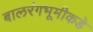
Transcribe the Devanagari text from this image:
बालरंगभूमीकडे